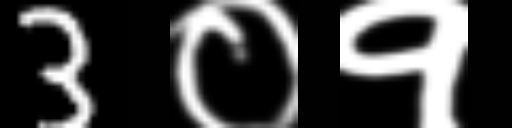
Text: 3०१